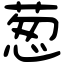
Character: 葱